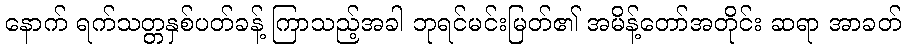
နောက် ရက်သတ္တနှစ်ပတ်ခန့် ကြာသည့်အခါ ဘုရင်မင်းမြတ်၏ အမိန့်တော်အတိုင်း ဆရာ အာခတ်